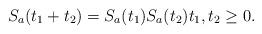
LaTeX: \begin{align*}S_a(t_1+t_2)=S_a(t_1)S_a(t_2)t_1,t_2\geq0.\end{align*}